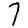
Digit: 7